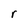
Character: r